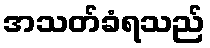
အသတ်ခံရသည်